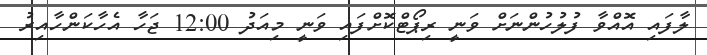
ލާފައި އޮއްވާ ފުލުހުންނަށް ވަނީ ރިޕޯޓްކޮށްފައި ވަނީ މިއަދު 12:00 ޖަހާ އެހާކަންހާއިރު